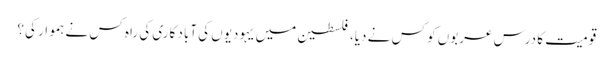
قومیت کا درس عربوں کو کس نے دیا، فلسطین میں یہودیوں کی آباد کاری کی راہ کس نے ہموار کی؟